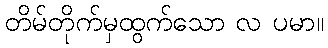
တိမ်တိုက်မှထွက်သော လ ပမာ။